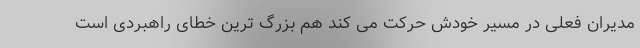
مدیران فعلی در مسیر خودش حرکت می کند هم بزرگ ترین خطای راهبردی است